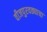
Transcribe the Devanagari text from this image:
वीजपुरवठ्याचा